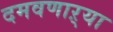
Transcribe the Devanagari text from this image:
दमवणाऱ्या